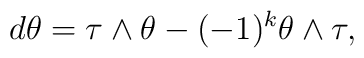
d\theta = \tau\wedge\theta - (-1)^k \theta\wedge \tau,